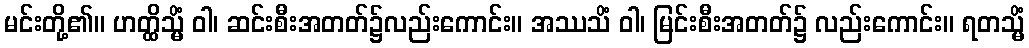
မင်းတို့၏။ ဟတ္ထိသ္မိံ ဝါ၊ ဆင်းစီးအတတ်၌လည်းကောင်း။ အဿသိံ ဝါ၊ မြင်းစီးအတတ်၌ လည်းကောင်း။ ရတသ္မိံ